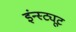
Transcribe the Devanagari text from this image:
इंन्स्ट्यूट